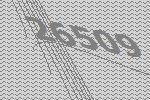
26509